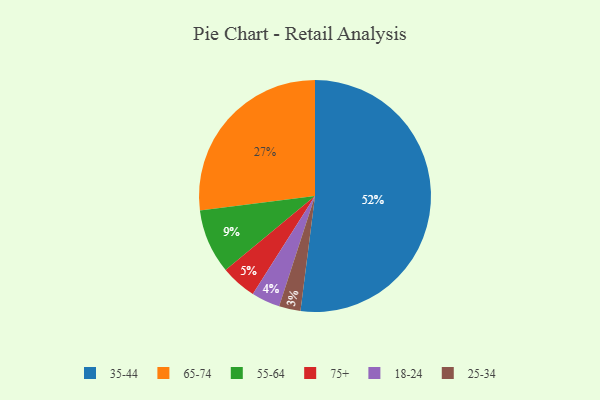
{"axis": {"x": "Category", "y": "Percentage"}, "legend": ["18-24", "25-34", "35-44", "55-64", "65-74", "75+"], "data": [{"x": "65-74", "y": 27, "type": "65-74"}, {"x": "75+", "y": 5, "type": "75+"}, {"x": "55-64", "y": 9, "type": "55-64"}, {"x": "35-44", "y": 52, "type": "35-44"}, {"x": "25-34", "y": 3, "type": "25-34"}, {"x": "18-24", "y": 4, "type": "18-24"}]}